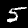
Label: 5